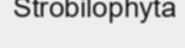
Strobilophyta